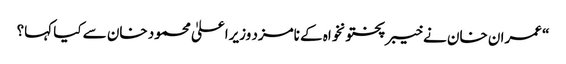
“ عمران خان نے خیبرپختونخواہ کے نامزد وزیراعلیٰ محمود خان سے کیا کہا؟